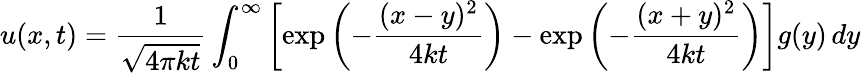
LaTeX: u(x,t)={\frac{1}{\sqrt{4\pi kt}}}\int_{0}^{\infty}\left[\exp\left(-{\frac{(x-y)^{2}}{4kt}}\right)-\exp\left(-{\frac{(x+y)^{2}}{4kt}}\right)\right]g(y)\, dy